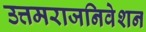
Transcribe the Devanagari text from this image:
उत्तमराजनिवेशन